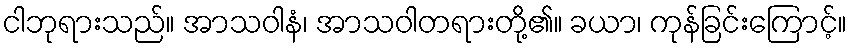
ငါဘုရားသည်။ အာသဝါနံ၊ အာသဝါတရားတို့၏။ ခယာ၊ ကုန်ခြင်းကြောင့်။